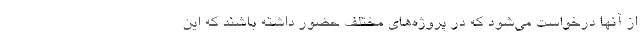
از آنها درخواست می‌شود که در پروژه‌های مختلف حضور داشته باشند که این